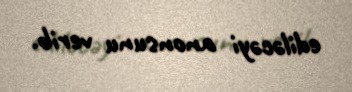
ediləcəyi anonsunu verib.